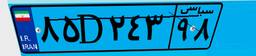
۴۳D۶۴۷۵۴